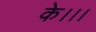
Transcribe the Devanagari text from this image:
के।।।